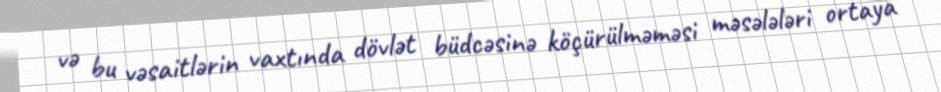
və bu vəsaitlərin vaxtında dövlət büdcəsinə köçürülməməsi məsələləri ortaya